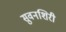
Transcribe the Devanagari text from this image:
सुवनशिरी